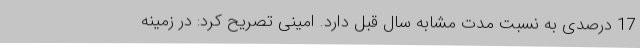
17 درصدی به نسبت مدت مشابه سال قبل دارد. امینی تصریح کرد: در زمینه